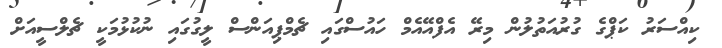
ކިއްސަރު ކަޕްގެ ގުރުއަތުލުން މިރޭ އެފްއޭއެމް ހައުސްގައި ޗެމްޕިއަންސް ލީގުގައި ނުކުޅުމަކީ ޗެލްސީއަށް